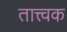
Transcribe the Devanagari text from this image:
तात्त्वक